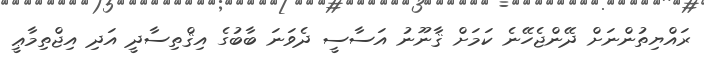
ރައްޔިތުންނަށް ދޭންޖެހޭނެ ކަމަށް ޤާނޫނު އަސާސީ ދެވަނަ ބާބުގެ އިޤްތިސާދީ އަދި އިޖްތިމާޢީ